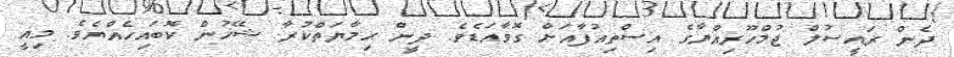
ދެން ރައީސުލް ޖުމްހޫރިއްޔާގެ އިސްތިއުފާއަށް ގޮވާއަޑެވެ. ދީން ޙިމާޔަތްކުރާ ޝޭޚުން ކޮބައިހެއްޔެވެ. މިއީ